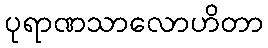
ပုရာဏသာလောဟိတာ